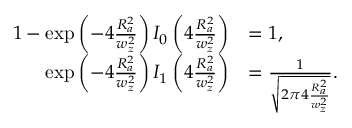
\begin{array} { r l } { 1 - \exp \left( - 4 \frac { R _ { a } ^ { 2 } } { w _ { z } ^ { 2 } } \right) I _ { 0 } \left( 4 \frac { R _ { a } ^ { 2 } } { w _ { z } ^ { 2 } } \right) } & { = 1 , } \\ { \exp \left( - 4 \frac { R _ { a } ^ { 2 } } { w _ { z } ^ { 2 } } \right) I _ { 1 } \left( 4 \frac { R _ { a } ^ { 2 } } { w _ { z } ^ { 2 } } \right) } & { = \frac { 1 } { \sqrt { 2 \pi 4 \frac { R _ { a } ^ { 2 } } { w _ { z } ^ { 2 } } } } . } \end{array}